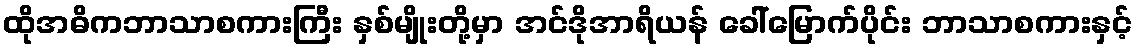
ထိုအဓိကဘာသာစကားကြီး နှစ်မျိုးတို့မှာ အင်ဒိုအာရိယန် ခေါ်မြောက်ပိုင်း ဘာသာစကားနှင့်